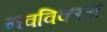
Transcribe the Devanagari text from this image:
नवविकास